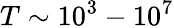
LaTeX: T\sim 10^{3}-10^{7}